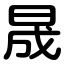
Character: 晟